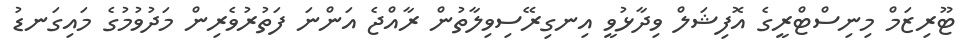
ޓޫރިޒަމް މިނިސްޓްރީގެ އޮފިޝަލް ވިދާޅުވީ އިނގިރޭސިވިލާތުން ރާއްޖެ އަންނަ ފަތުރުވެރިން މަދުވުމުގެ މައިގަނޑު